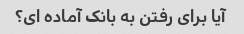
آیا برای رفتن به بانک آماده ای؟